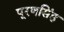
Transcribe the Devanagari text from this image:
पूरणसिंह